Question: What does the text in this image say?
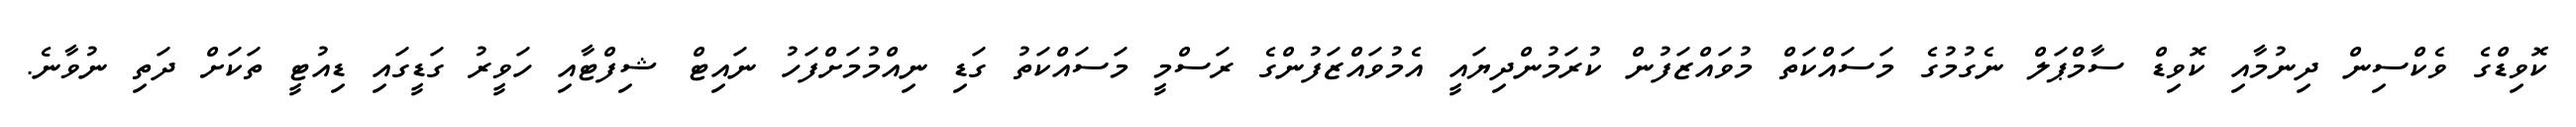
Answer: ކޮވިޑްގެ ވެކްސިން ދިނުމާއި ކޮވިޑް ސާމްޕަލް ނެގުމުގެ މަސައްކަތް މުވައްޒަފުން ކުރަމުންދިޔައީ އެމުވައްޒަފުންގެ ރަސްމީ މަސައްކަތު ގަޑި ނިއްމުމަށްފަހު ނައިޓް ޝިފްޓާއި ހަވީރު ގަޑީގައި ޑިއުޓީ ތަކަށް ދަތި ނުވާނެ.